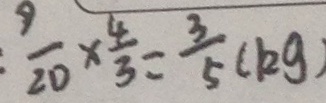
\frac { 9 } { 2 0 } \times \frac { 4 } { 3 } = \frac { 3 } { 5 } ( k g )